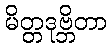
မိတ္တဒုဗ္ဘိတာ